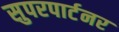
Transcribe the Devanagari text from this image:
सुपरपार्टनर